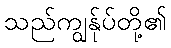
သည်ကျွန်ုပ်တို့၏